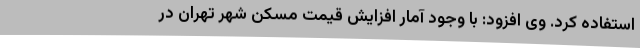
استفاده کرد. وی افزود: با وجود آمار افزایش قیمت مسکن شهر تهران در